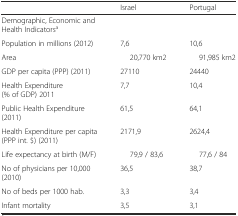
<table><thead><tr><td>[EMPTY_CELL]</td><td><b>Israel</b></td><td><b>Portugal</b></td></tr></thead><tbody><tr><td>Demographic, Economic and Health Indicators<sup>a</sup></td><td>[EMPTY_CELL]</td><td>[EMPTY_CELL]</td></tr><tr><td>Population in millions (2012)</td><td>7,6</td><td>10,6</td></tr><tr><td>Area</td><td>20,770 km2</td><td>91,985 km2</td></tr><tr><td>GDP per capita (PPP) (2011)</td><td>27110</td><td>24440</td></tr><tr><td>Health Expenditure (% of GDP) 2011</td><td>7,7</td><td>10,4</td></tr><tr><td>Public Health Expenditure (2011)</td><td>61,5</td><td>64,1</td></tr><tr><td>Health Expenditure per capita (PPP int. $) (2011)</td><td>2171,9</td><td>2624,4</td></tr><tr><td>Life expectancy at birth (M/F)</td><td>79,9 / 83,6</td><td>77,6 / 84</td></tr><tr><td>No of physicians per 10,000 (2010)</td><td>36,5</td><td>38,7</td></tr><tr><td>No of beds per 1000 hab.</td><td>3,3</td><td>3,4</td></tr><tr><td>Infant mortality</td><td>3,5</td><td>3,1</td></tr></tbody></table>